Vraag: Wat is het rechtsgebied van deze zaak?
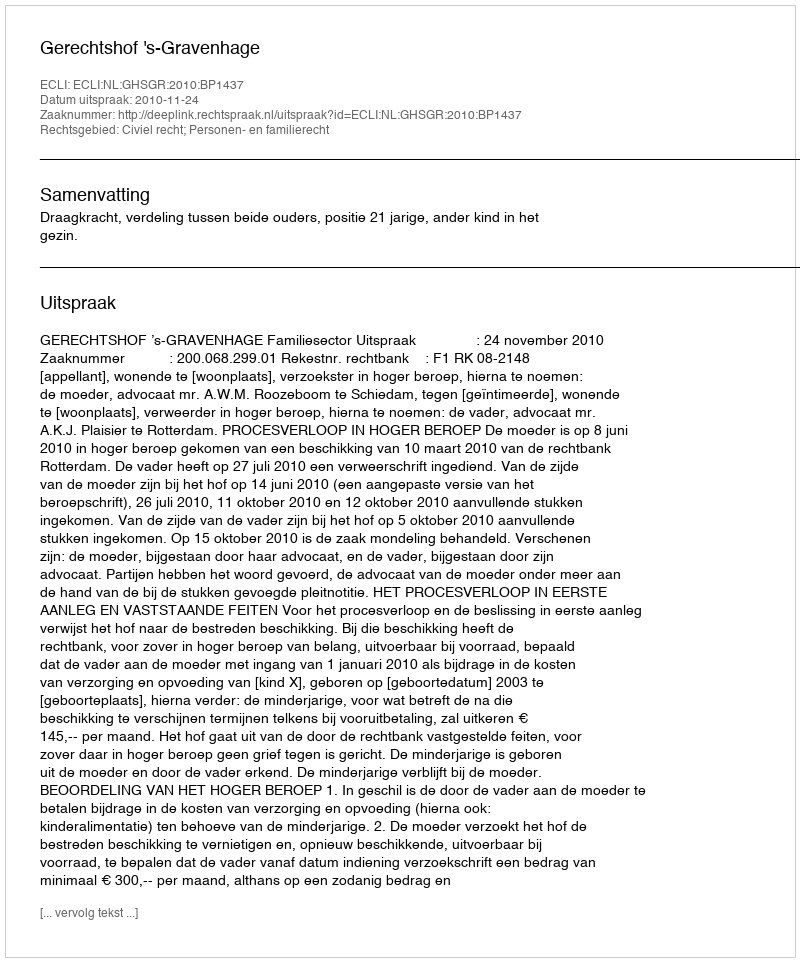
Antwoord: Civiel recht; Personen- en familierecht